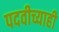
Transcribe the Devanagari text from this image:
पदवीच्याही